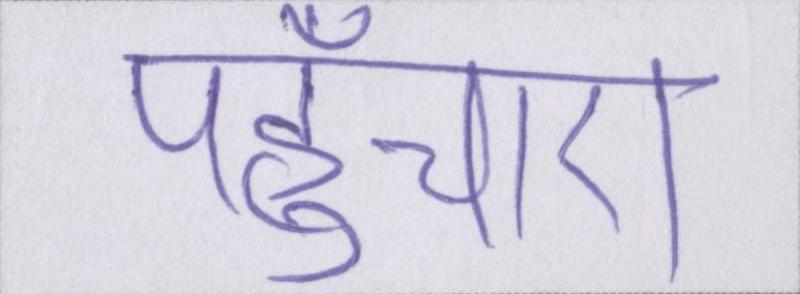
पहुँचाए